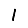
Digit: 1